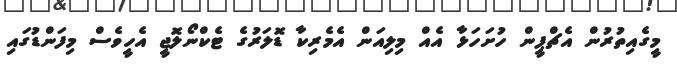
މީގެއިތުރުން އެޗްޕީން ހުށަހަޅާ އެއް މިލިއަން އެމެރިކާ ޑޮލަރުގެ ޓެކްނޯލޮޖީ އެހީވެސް މިފަންޑުގައި